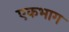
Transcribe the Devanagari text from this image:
एकभाग